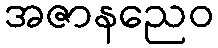
အဇာနညေဝ